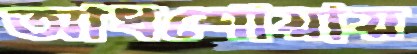
আধশোয়ায়